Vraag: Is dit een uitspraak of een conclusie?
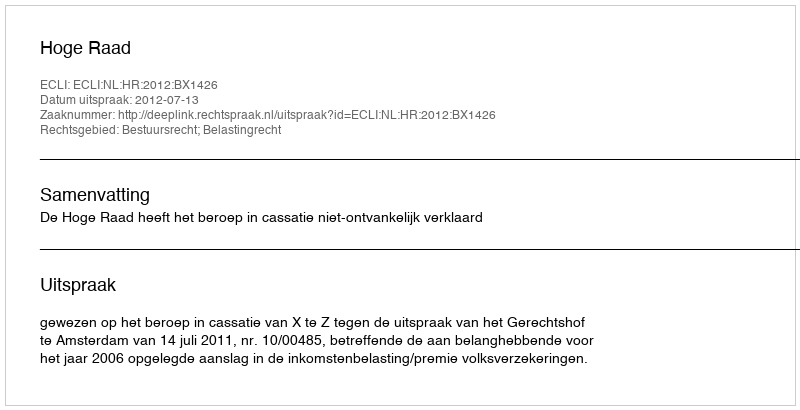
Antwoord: Uitspraak